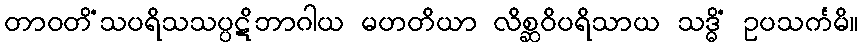
တာဝတိံသပရိသသပ္ပဋိဘာဂါယ မဟတိယာ လိစ္ဆဝိပရိသာယ သဒ္ဓိံ ဥပသင်္ကမိ။